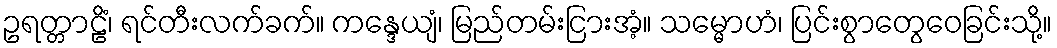
ဥရတ္တာဠိံ၊ ရင်တီးလက်ခက်။ ကန္ဒေယျံ၊ မြည်တမ်းငြားအံ့။ သမ္မောဟံ၊ ပြင်းစွာတွေဝေခြင်းသို့။